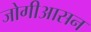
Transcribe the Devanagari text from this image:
जोगीआसन